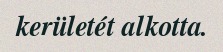
kerületét alkotta.